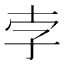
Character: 孛